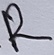
Text: R